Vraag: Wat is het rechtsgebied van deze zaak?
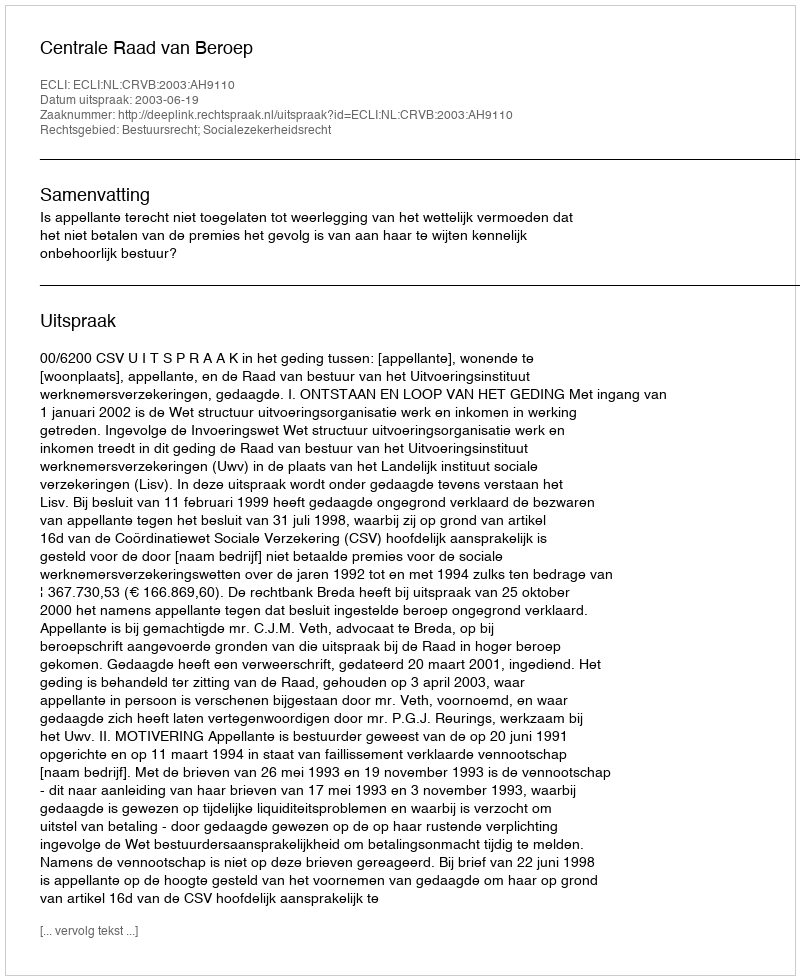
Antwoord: Bestuursrecht; Socialezekerheidsrecht